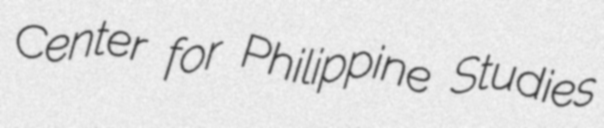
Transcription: Center for Philippine Studies